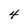
Character: 4